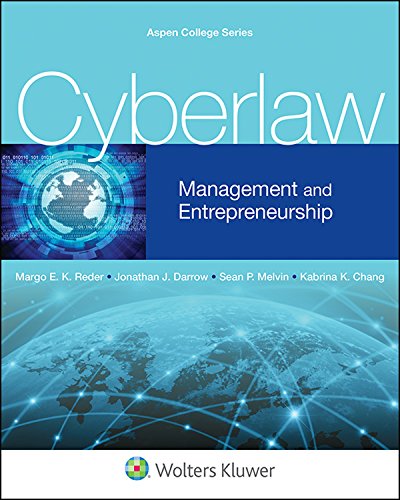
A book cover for Cyberlaw: Management and Entrepreneurship; Margo E. K. Reder; Computers & Technology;